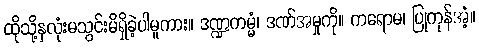
ထိုသို့နှလုံးမသွင်းမိရှိခဲ့ပါမူကား။ ဒဏ္ဍကမ္မံ၊ ဒဏ်အမှုကို။ ကရောမ၊ ပြုကုန်အံ့။